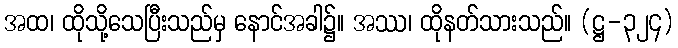
အထ၊ ထိုသို့သေပြီးသည်မှ နောင်အခါ၌။ အဿ၊ ထိုနတ်သားသည်။ (ဋ္ဌ-၃၂၄)